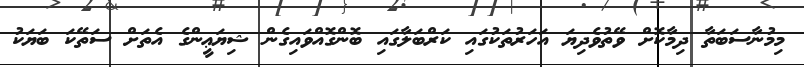
މިމުނާސަބަތާ ދިމާކޮށް ވޭތުވެދިޔަ އަހަރުތަކުގައި ކަރްބަލާގައި ބޮންގޮއްވައިގެން ޝިޔަޢީންގެ އެތަށް ސަތޭކަ ބަޔަކު